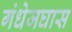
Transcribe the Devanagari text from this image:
गंधेजघास